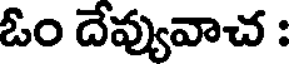
ఓం దేవ్యువాచ :